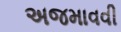
અજમાવવી